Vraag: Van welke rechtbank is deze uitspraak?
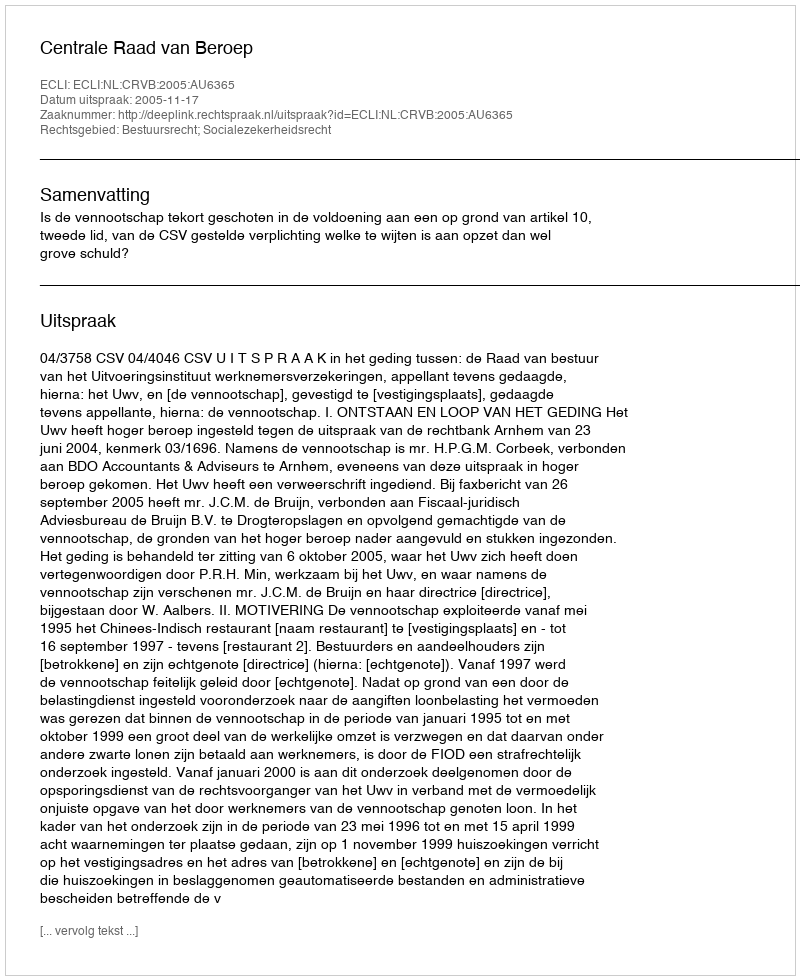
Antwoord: Centrale Raad van Beroep